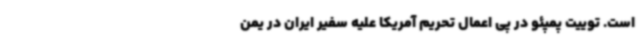
است. توییت پمپئو در پی اعمال تحریم آمریکا علیه سفیر ایران در یمن